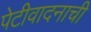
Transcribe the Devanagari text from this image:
पेटीवादनाची